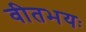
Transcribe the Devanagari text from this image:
वीतभयः